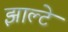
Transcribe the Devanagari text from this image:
झाल्टे